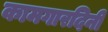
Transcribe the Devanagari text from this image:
कामगारदिनी